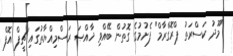
"މޫދު ކަސްރަތު ޕްރޮގްރާމް" ފެށުމުގެ ގޮތުން ބޭއްވި ޚާއްޞަ ރަސްމިއްޔާތުގައި ޗީފް އޮފް